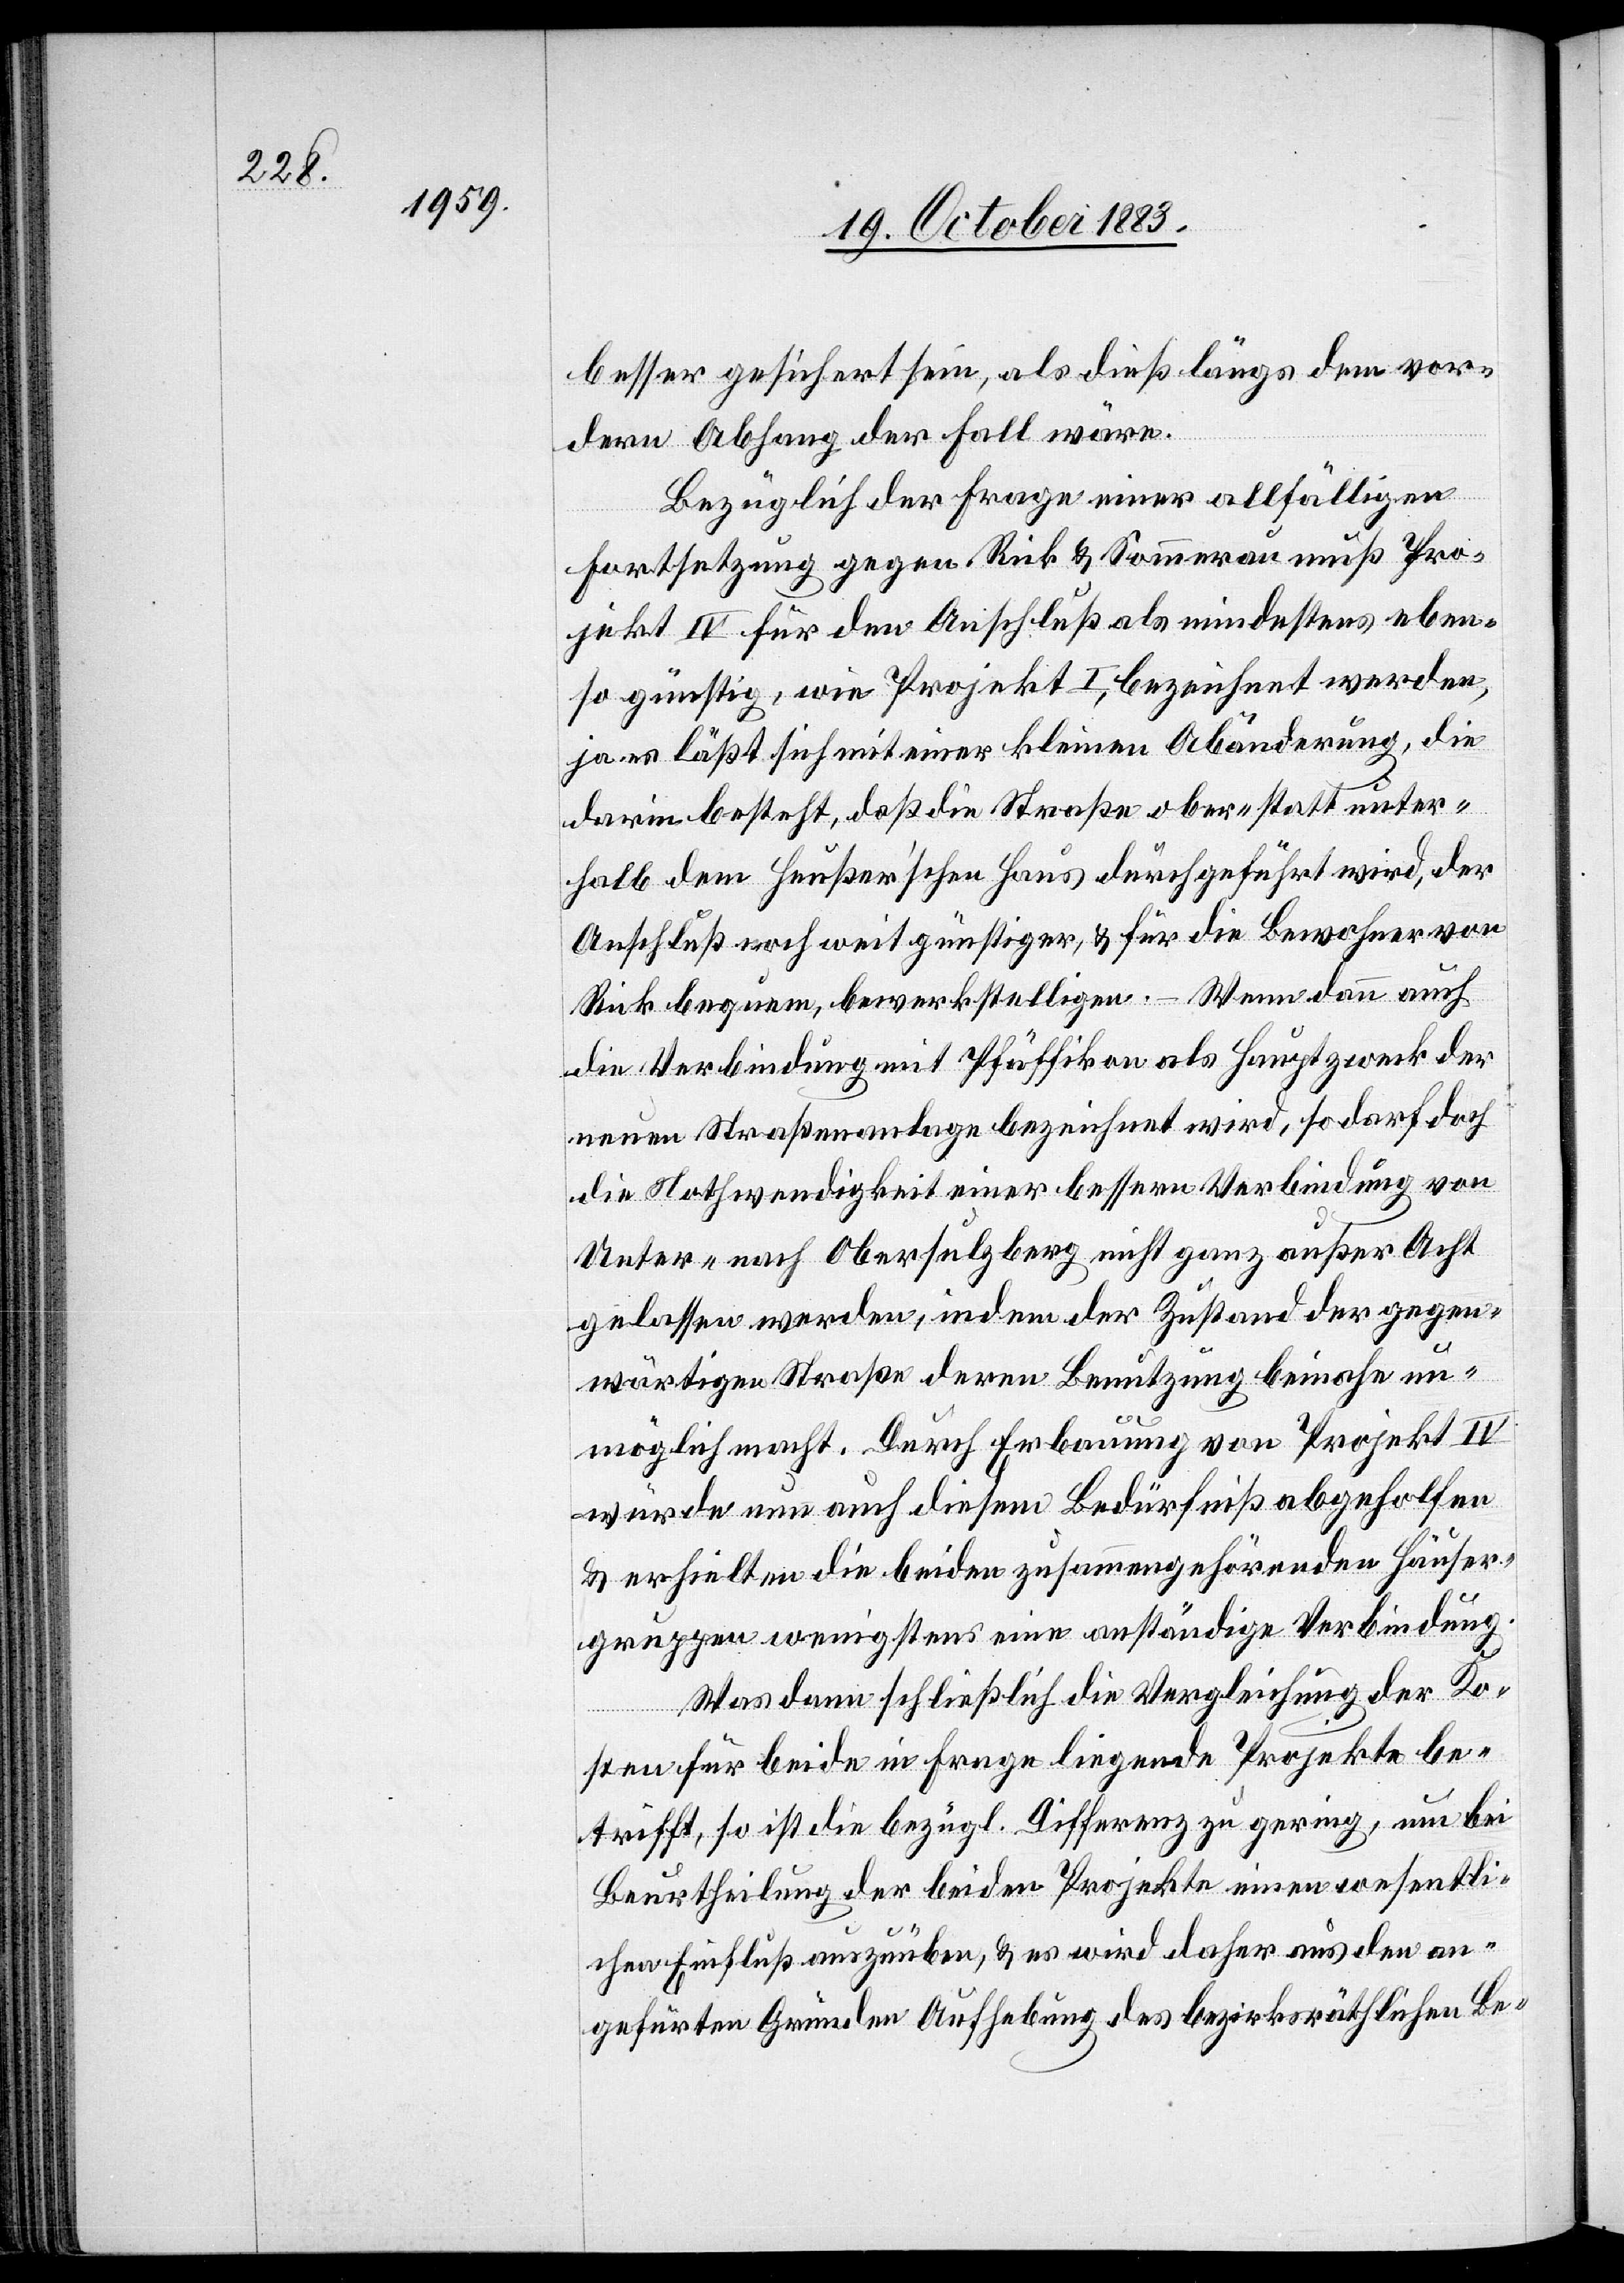
besser gesichert sein, als dieß längs dem vor¬
dern Abhang der Fall wäre.
Bezüglich der Frage einer allfälligen
Fortsetzung gegen Rick & Sommerau muß Pro¬
jekt IV für den Anschluß als mindestens eben¬
so günstig, wie Projekt I, bezeichnet werden,
ja es läßt sich mit einer kleinen Abänderung, die
darin besteht, daß die Straße ober- statt unter¬
halb dem Haußer’schen Haus durchgeführt wird, der
Anschluß noch weit günstiger, & für die Bewohner von
Rick bequem, bewerkstelligen. – Wenn dann auch
die Verbindung mit Pfäffikon als Hauptzweck der
neuen Straßenanlage bezeichnet wird, so darf doch
die Nothwendigkeit einer bessern Verbindung von
Unter- nach Obersulzberg nicht ganz außer Acht
gelassen werden, indem der Zustand der gegen¬
wärtigen Straße deren Benutzung beinahe un¬
möglich macht. Durch Erbauung von Projekt IV
würde nun auch diesem Bedürfniß abgeholfen
& erhielten die beiden zusammengehörenden Häuser¬
gruppen wenigstens eine anständige Verbindung.
Was dann schließlich die Vergleichung der Ko¬
sten für beide in Frage liegende Projekte be¬
trifft, so ist die bezügl. Differenz zu gering, um bei
Beurtheilung der beiden Projekte einen wesentli¬
chen Einfluß auszuüben, & es wird daher aus den an¬
geführten Gründen Aufhebung des bezirksräthlichen Be-